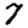
Digit: 7